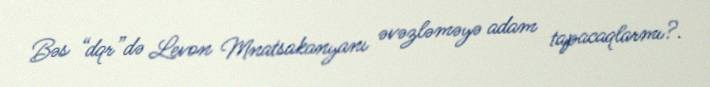
Bəs “dqr”də Levon Mnatsakanyanı əvəzləməyə adam tapacaqlarmı?.